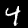
Label: 4